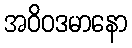
အဝိဝဒမာနော